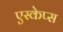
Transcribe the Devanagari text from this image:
एस्केप्स